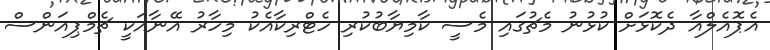
އެޕޮއެލްއާ ދެކޮޅަށް ކުޅުނު މެޗުގައި މެސީ ކާމިޔާބުކުރި ހެޓްރިކާއެކު މިހާރު އޭނާއަކީ ޗެމްޕިއަންސް